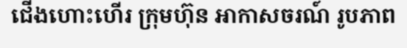
ជើងហោះហើរ ក្រុមហ៊ុន អាកាសចរណ៍ រូបភាព